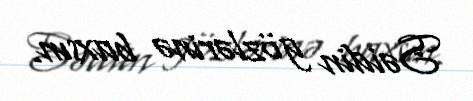
Səidin gözlərinə baxsın.